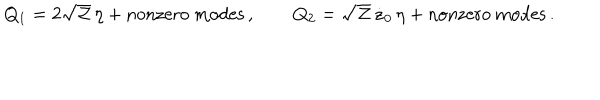
Q _ { 1 } = 2 \sqrt { \cal Z } \, \eta + \mathrm { n o n z e r o ~ m o d e s } \, , \qquad Q _ { 2 } = \sqrt { \cal Z } \, \dot { z } _ { 0 } \, \eta + \mathrm { n o n z e r o ~ m o d e s } \, .